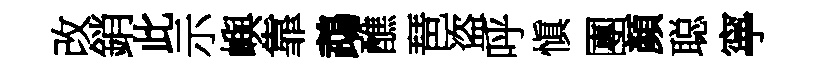
改銷此示嶼靠鵡醮琶盗呼愼團顏聪寧